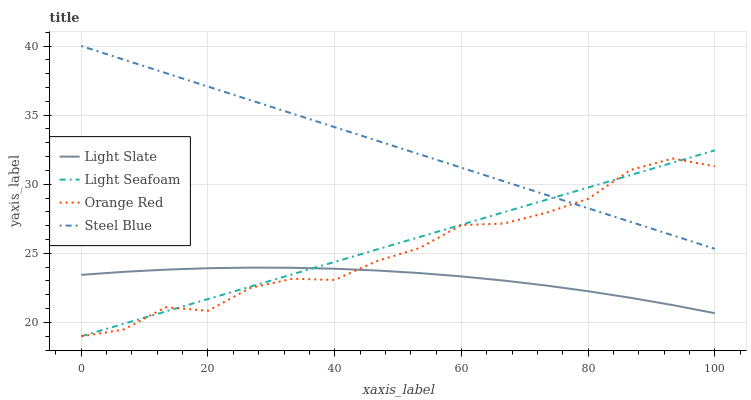
| xaxis_label | Light Slate | Light Seafoam | Orange Red | Steel Blue |
 | --- | --- | --- | --- | --- |
 | 0 | 23.4 | 19 | 19 | 40 |
 | 6.67 | 23.7 | 19.9 | 19.5 | 39 |
 | 13.3 | 23.8 | 20.8 | 21.1 | 38 |
 | 20 | 23.9 | 21.7 | 20.8 | 37.1 |
 | 26.7 | 24 | 22.6 | 22.5 | 36.1 |
 | 33.3 | 24 | 23.5 | 23.2 | 35.1 |
 | 40 | 23.9 | 24.4 | 23.1 | 34.1 |
 | 46.7 | 23.8 | 25.3 | 24.4 | 33.2 |
 | 53.3 | 23.6 | 26.2 | 25.4 | 32.2 |
 | 60 | 23.3 | 27.1 | 27 | 31.2 |
 | 66.7 | 23 | 28 | 27.2 | 30.2 |
 | 73.3 | 22.7 | 28.9 | 27.9 | 29.2 |
 | 80 | 22.3 | 29.8 | 28.9 | 28.3 |
 | 86.7 | 21.8 | 30.7 | 31 | 27.3 |
 | 93.3 | 21.3 | 31.6 | 31.9 | 26.3 |
 | 100 | 20.7 | 32.5 | 31.3 | 25.3 |